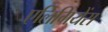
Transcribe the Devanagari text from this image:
एलिगियेंस